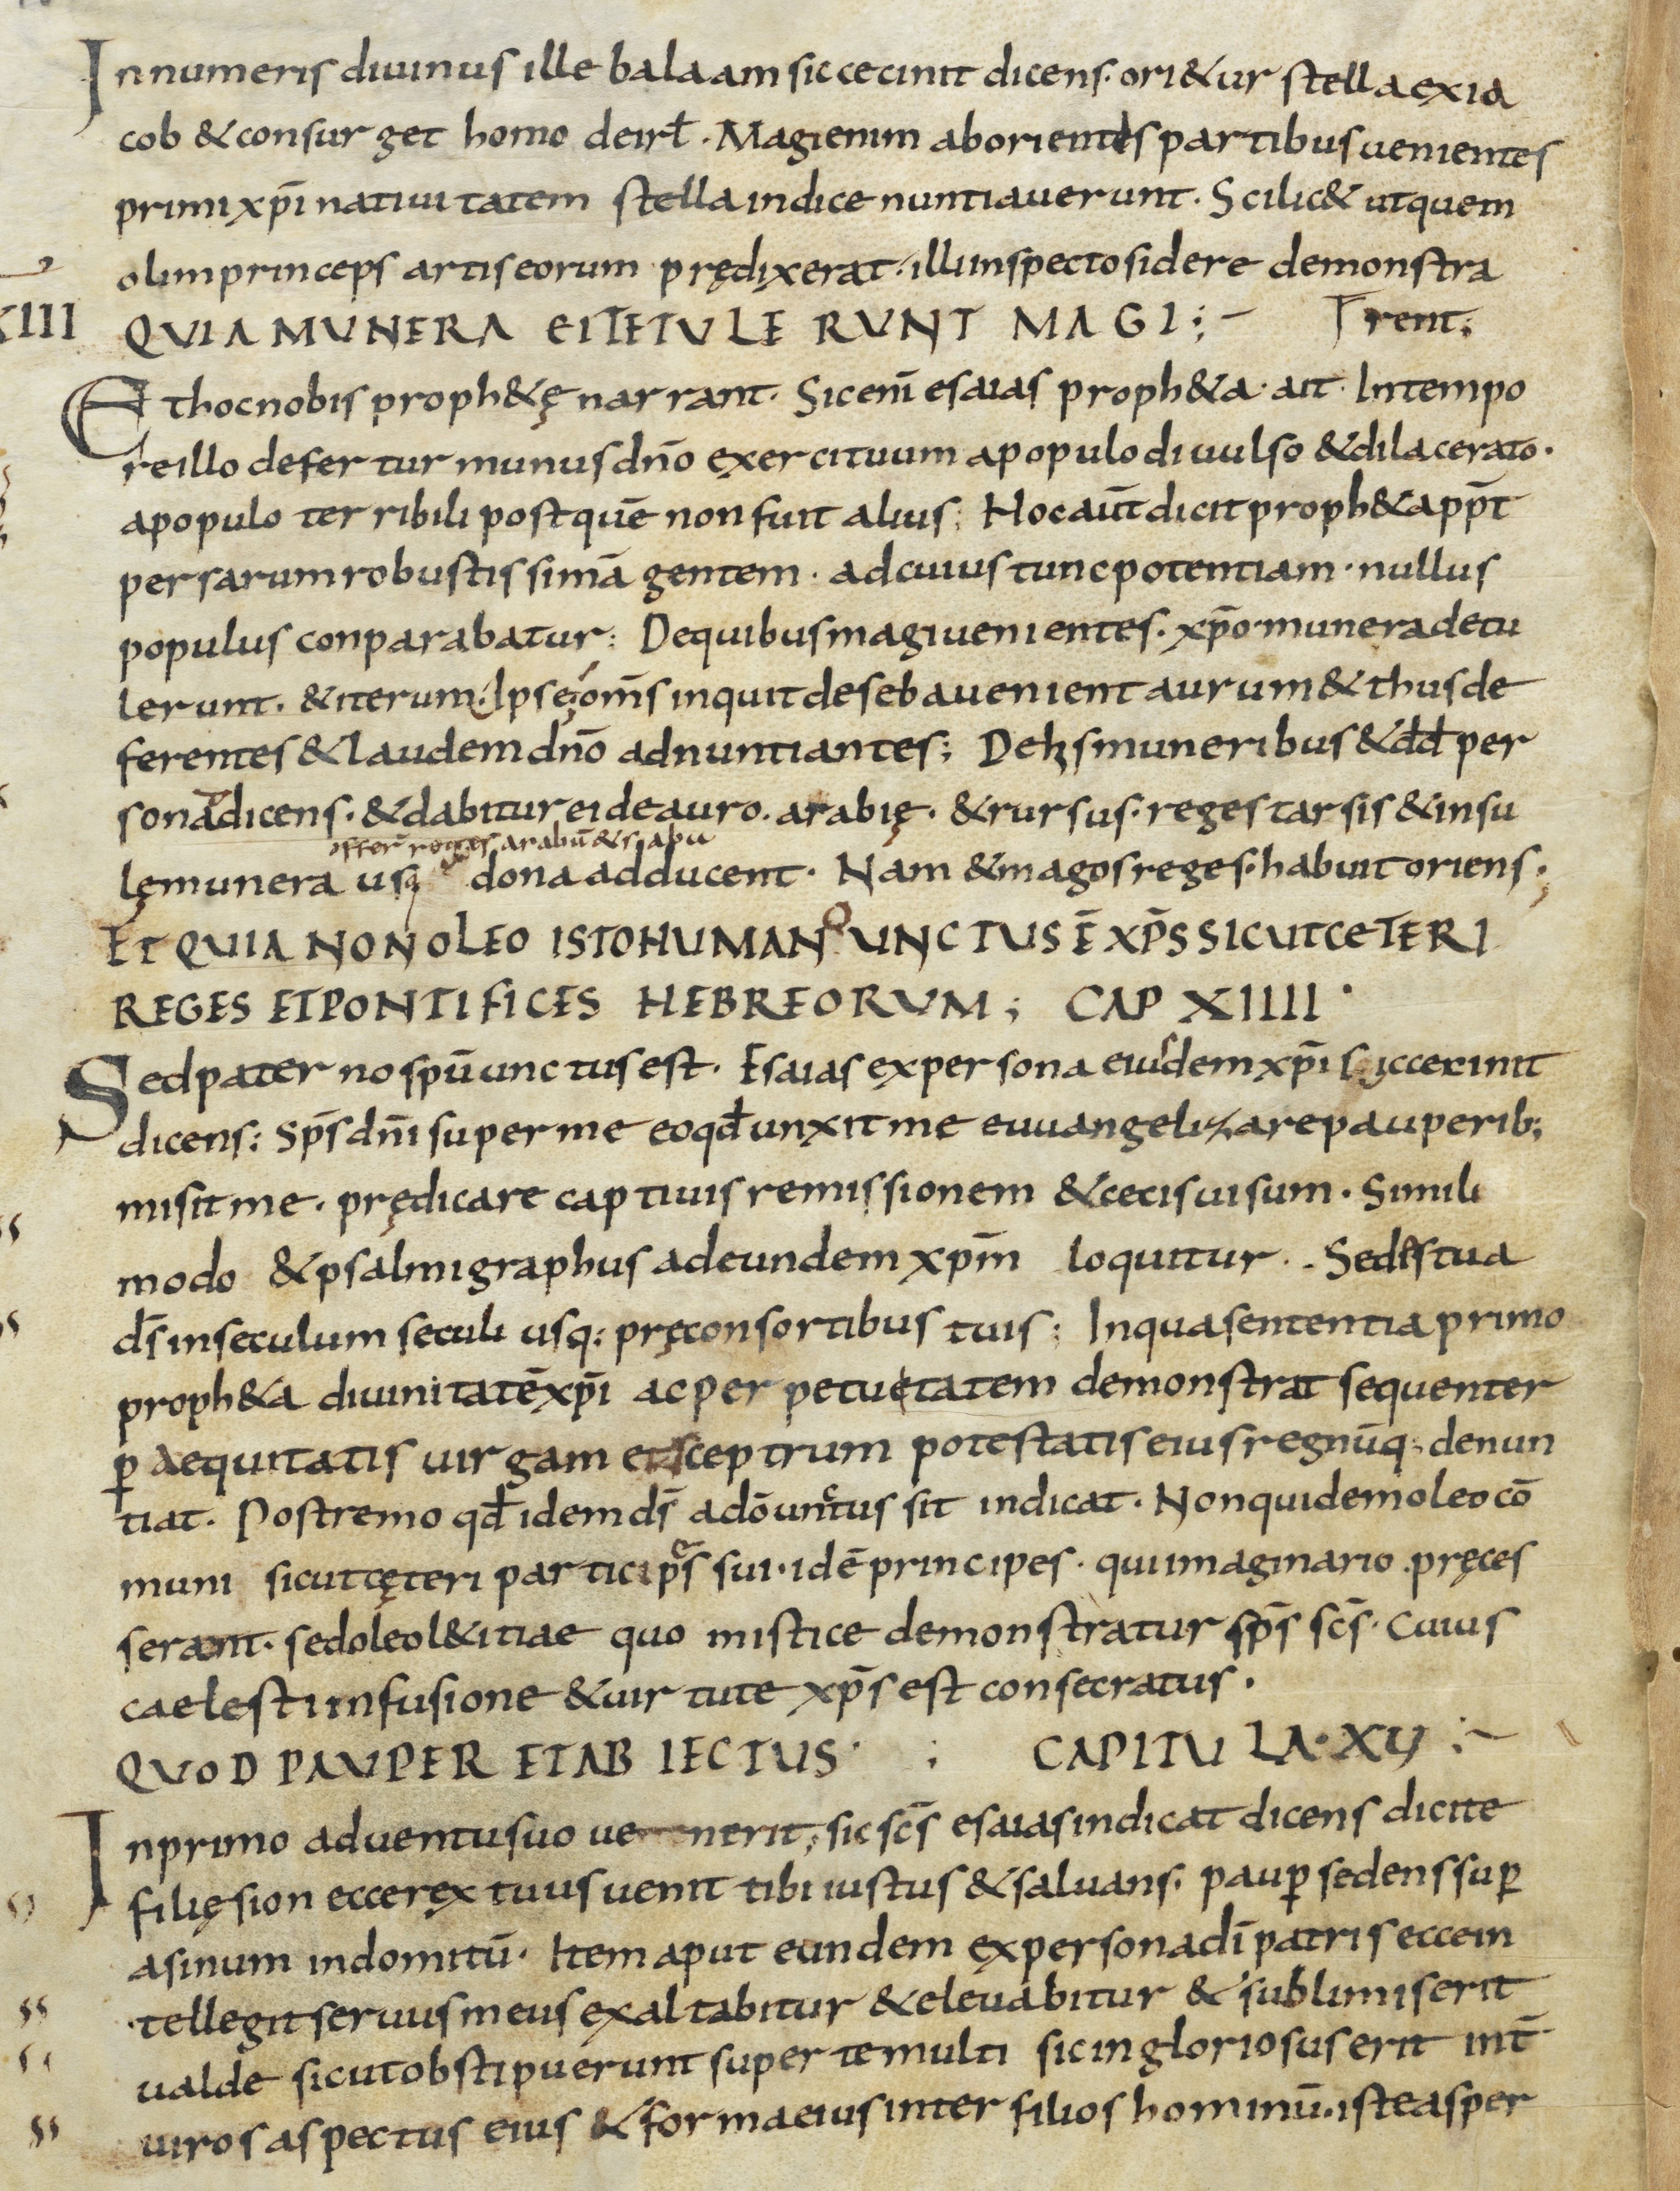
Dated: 800–999